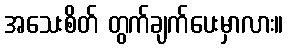
အသေးစိတ် တွက်ချက်ပေးမှာလား။